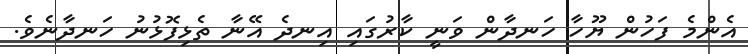
އެންމެ ފަހުން ޔޫހާ ހަނދާން ވަނީ ކާރުގައި އިނދެ އޭނާ ތެޅިފޮޅުނު ހަނދާނެވެ.